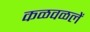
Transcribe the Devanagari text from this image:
कळवळलें